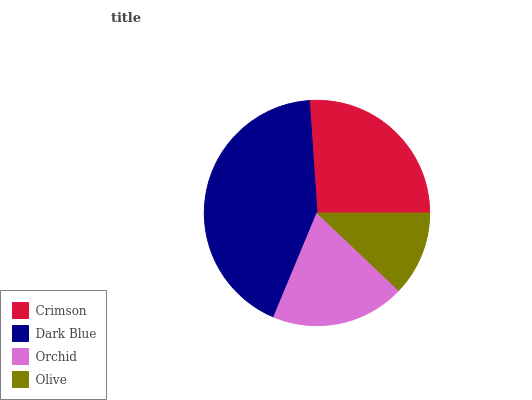
| Crimson | Dark Blue | Orchid | Olive |
 | --- | --- | --- | --- |
 | 26.1% | 42.6% | 19.2% | 12.1% |